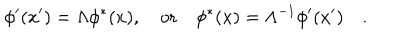
\phi ^ { \prime } ( x ^ { \prime } ) = \Lambda \phi ^ { * } ( x ) , \quad \mathrm { o r } \quad \phi ^ { * } ( x ) = \Lambda ^ { - 1 } \phi ^ { \prime } ( x ^ { \prime } ) \quad .